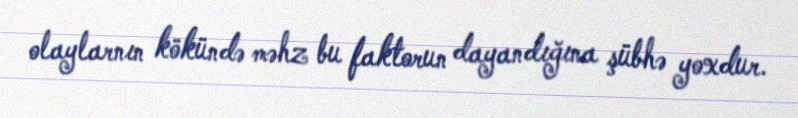
olaylarnın kökündə məhz bu faktorun dayandığına şübhə yoxdur.